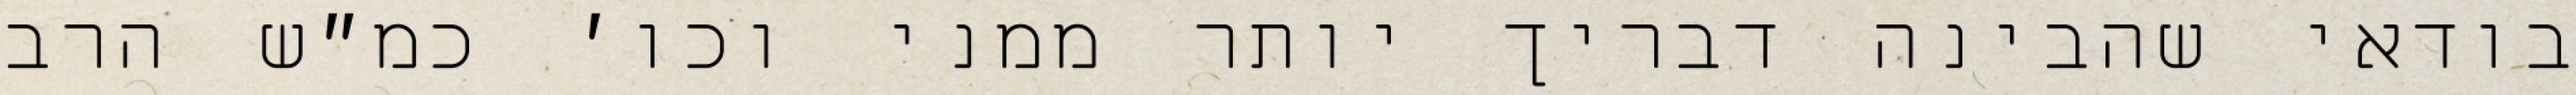
בודאי שהבינה דבריך יותר ממני וכו׳ כמ״ש הרב